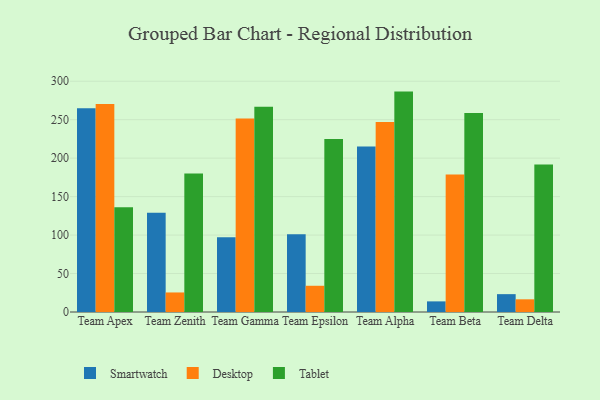
{"axis": {"x": "Team", "y": "Page Views"}, "legend": ["Desktop", "Smartwatch", "Tablet"], "data": [{"x": "Team Apex", "y": 264.7, "type": "Smartwatch"}, {"x": "Team Apex", "y": 270.4, "type": "Desktop"}, {"x": "Team Apex", "y": 136.1, "type": "Tablet"}, {"x": "Team Zenith", "y": 128.9, "type": "Smartwatch"}, {"x": "Team Zenith", "y": 25.4, "type": "Desktop"}, {"x": "Team Zenith", "y": 180.0, "type": "Tablet"}, {"x": "Team Gamma", "y": 97.3, "type": "Smartwatch"}, {"x": "Team Gamma", "y": 251.6, "type": "Desktop"}, {"x": "Team Gamma", "y": 266.9, "type": "Tablet"}, {"x": "Team Epsilon", "y": 101.0, "type": "Smartwatch"}, {"x": "Team Epsilon", "y": 34.1, "type": "Desktop"}, {"x": "Team Epsilon", "y": 224.8, "type": "Tablet"}, {"x": "Team Alpha", "y": 215.0, "type": "Smartwatch"}, {"x": "Team Alpha", "y": 247.0, "type": "Desktop"}, {"x": "Team Alpha", "y": 286.5, "type": "Tablet"}, {"x": "Team Beta", "y": 13.8, "type": "Smartwatch"}, {"x": "Team Beta", "y": 178.9, "type": "Desktop"}, {"x": "Team Beta", "y": 258.7, "type": "Tablet"}, {"x": "Team Delta", "y": 23.2, "type": "Smartwatch"}, {"x": "Team Delta", "y": 16.5, "type": "Desktop"}, {"x": "Team Delta", "y": 191.8, "type": "Tablet"}]}